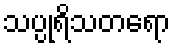
သပ္ပုရိသတရော